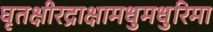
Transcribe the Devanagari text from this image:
घृतक्षीरद्राक्षामधुमधुरिमा